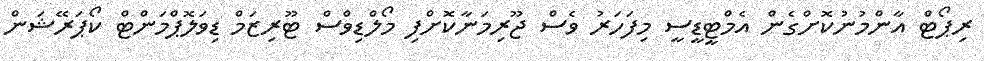
ރިޕޯޓް އާންމުނުކޮށްގެން އެމްޓީޑީސީ މިފަހަރު ވެސް ޖޫރިމަނާކޮށްފި މޯލްޑިވްސް ޓޫރިޒަމް ޑިވަލޮޕްމަންޓް ކޯޕަރޭޝަން